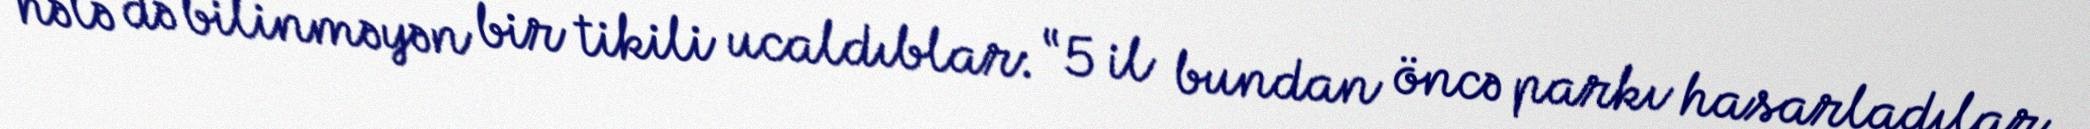
hələ də bilinməyən bir tikili ucaldıblar: “5 il bundan öncə parkı hasarladılar.